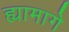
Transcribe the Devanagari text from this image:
ह्यामागे